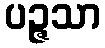
ပဉ္ဇသာ